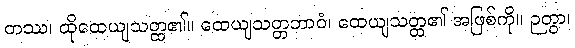
တဿ၊ ထိုထေယျသတ္ထ၏။ ထေယျသတ္တဘာဝံ၊ ထေယျသတ္ထ၏ အဖြစ်ကို။ ဉတွာ၊